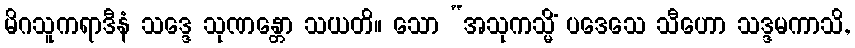
မိဂသူကရာဒီနံ သဒ္ဒေ သုဏန္တော သယတိ။ သော “အသုကသ္မိံ ပဒေသေ သီဟော သဒ္ဒမကာသိ,